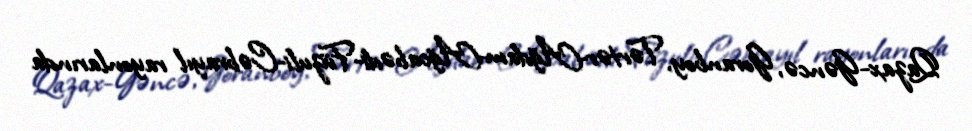
Qazax-Gəncə, Goranboy, Tərtər-Ağdam-Ağcabədi-Füzuli-Cəbrayıl rayonlarında